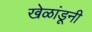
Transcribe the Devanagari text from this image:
खेळांडूनी